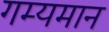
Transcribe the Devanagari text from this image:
गम्यमान